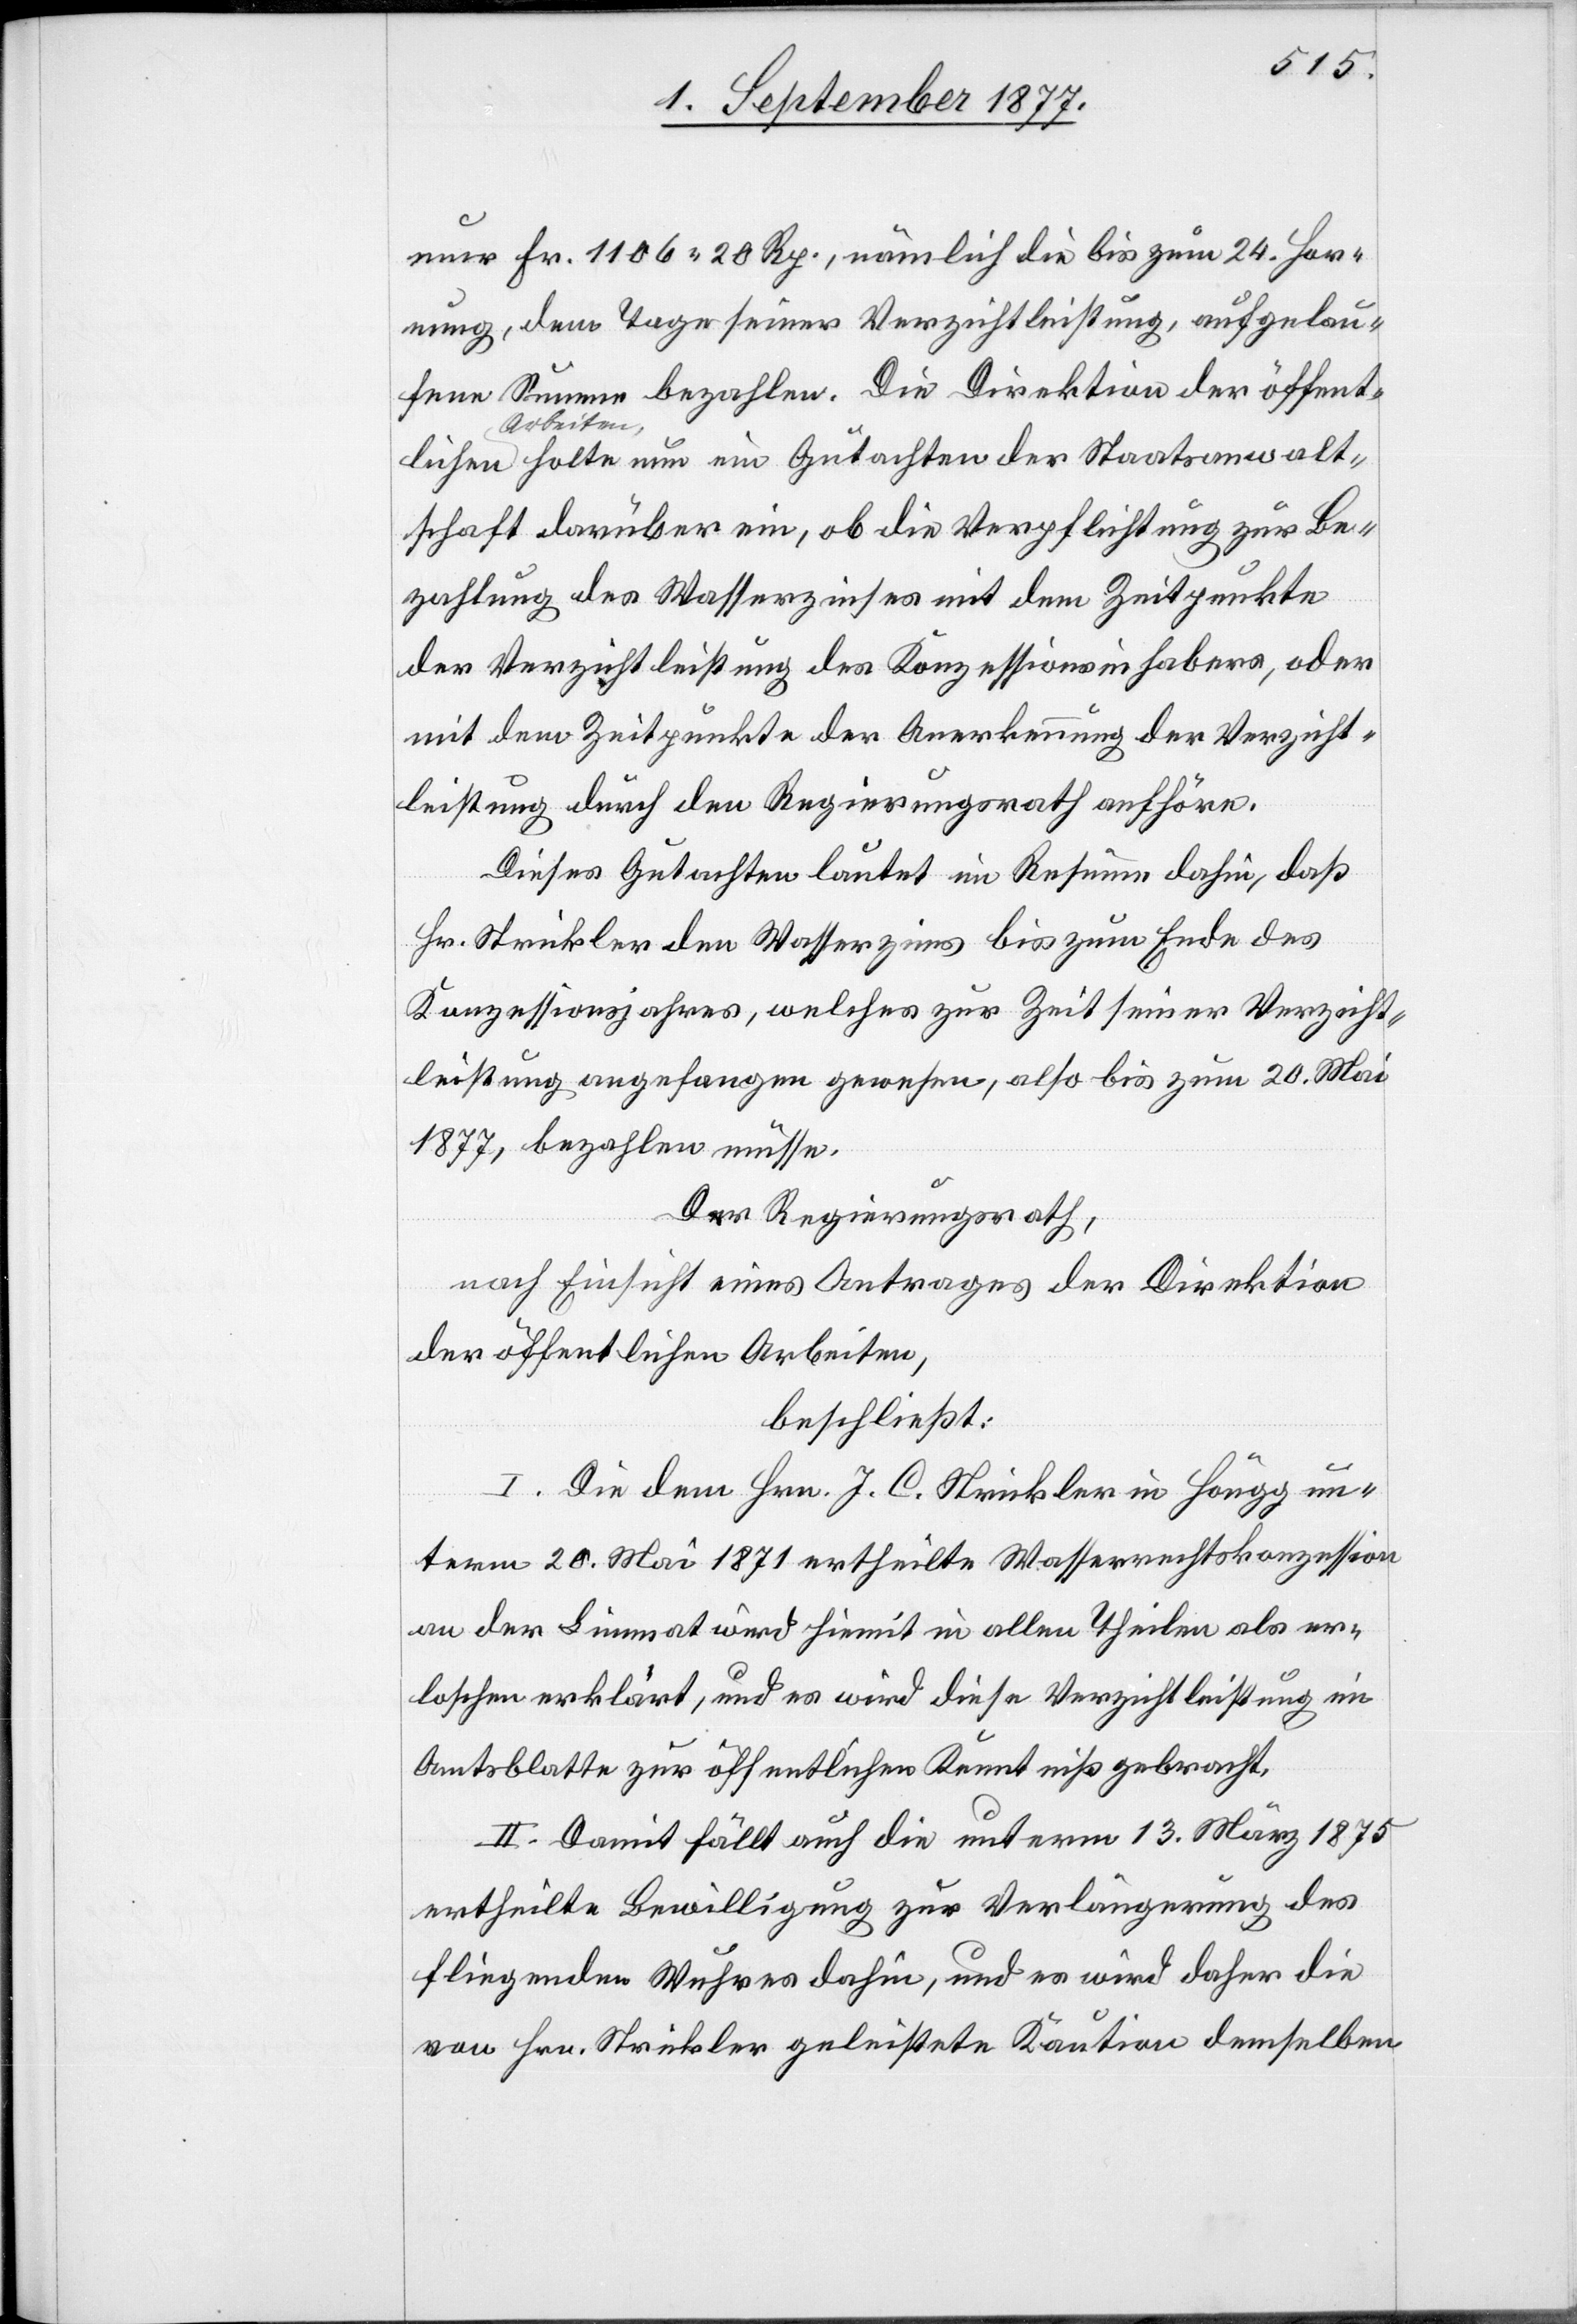
Staatsanwa¬
nur Fr. 1106 20 Rp., nämlich die bis zum 24. Hor¬
nung, dem Tage seiner Verzichtleistung, aufgelau¬
fene Summe bezahlen. Die Direktion der öffent¬
ltschaft darüber ein, ob die Verpflichtung zur Be¬
zahlung des Wasserzinses mit dem Zeitpunkte
der Verzichtleistung des Konzessionsinhabers, oder
mit dem Zeitpunkte der Anerkennung der Verzicht¬
leistung durch den Regierungsrath aufhöre.
Dieses Gutachten lautet im Resüme dahin, daß
Hr. Strickler den Wasserzins bis zum Ende des
Konzessionsjahres, welches zur Zeit seiner Verzicht¬
leistung angefangen gewesen, also bis zum 20. Mai
1877, bezahlen müsse.
Der Regierungsrath,
nach Einsicht eines Antrages der Direktion
der öffentlichen Arbeiten,
beschließt:
I. Die dem Hrn. J. C. [sic!] Strickler in Höngg un¬
term 20. Mai 1871 ertheilte Wasserrechtskonzession
an der Limmat wird hiemit in allen Theilen als er¬
loschen erklärt, und es wird diese Verzichtleistung im
Amtsblatte zur öffentlichen Kenntniß gebracht.
II. Damit fällt auch die unterm 13. März 1875
ertheilte Bewilligung zur Verlängerung des
fliegenden Wuhres dahin, und es wird daher die
von Hrn. Strickler geleistete Kaution demselben